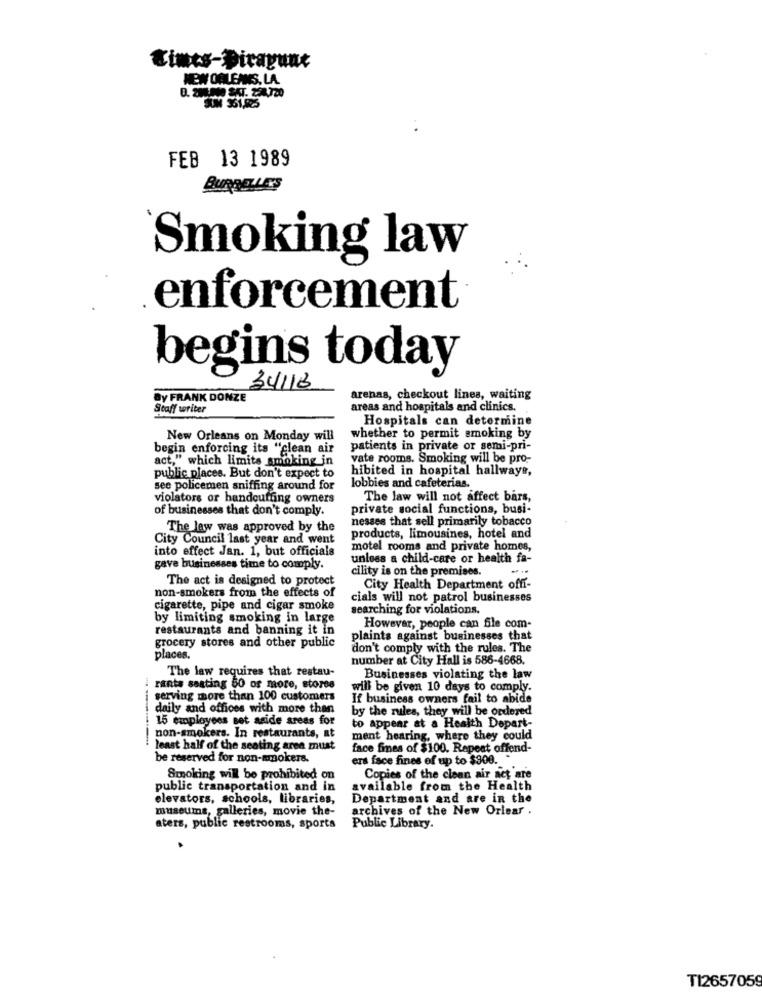
Eints-Birayunt
NEW ORLEANS, LA.
D. 2HU MO SAT. 254720
FEB 13 1989
BURDELLE'S
Smoking law
enforcement
begins today
34113
By FRANK DONZE
arenas, checkout lines, waiting
Staff writer
areas and hospitals and clinics.
Hospitals can determine
New Orleans on Monday will
whether to permit smoking by
begin enforcing its "clean air
patients in private or semi-pri-
act," which limits smoking in
vate rooms. Smoking will be pro-
hibited in hospital hallways,
public places. But don't expect to
see policemen sniffing around for
lobbies and cafeterias.
violators or handcuffing owners
The law will not affect bars,
of businesses that don't comply.
private social functions, busi-
nesses that sell primarily tobacco
The law was approved by the
City Council last year and went
products, limousines, hotel and
into effect Jan. 1, but officials
motel rooms and private homes,
unless a child-care or health fa-
gave businesses time to comply.
cility is on the premises.
The act is designed to protect
non-smokers from the effects of
City Health Department offi-
cials will not patrol businesses
cigarette, pipe and cigar smoke
searching for violations.
by limiting smoking in large
restaurants and banning it in
However, people can file com-
grocery stores and other public
plaints against businesses that
don't comply with the rules. The
places.
number at City Hall is 586-4668.
The law requires that restau-
Businesses violating the law
rants seating 50 or more, stores
will be given 10 days to comply.
serving more than 100 customers
If business owners fail to abide
daily and offices with more than
by the rules, they will be ordered
15 employees set aside areas for
to appear at a Health Depart-
non-smokers. In restaurants, at
ment hearing, where they could
lenst half of the seating aren must
face fimes of $100. Repeat offend-
be reserved for non-smokers.
ers face fines of up to $900 ..
Smoking will be prohibited on
Copies of the clean air act are
public transportation and in
available from the Health
elevators, schools, libraries,
Department and are in the
museums, galleries, movie the-
archives of the New Orlear .
aters, public restrooms, sports
Public Library.
TI2657059